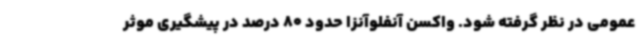
عمومی در نظر گرفته شود. واکسن آنفلوآنزا حدود 80 درصد در پیشگیری موثر